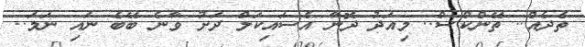
ތެދެއް.. ތޭންކްސް.. މިއަދު ދޮނާ އެސައިކަލް ދަށު ވާނެ ބޭބެ ނައި ނަމަ..